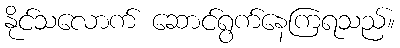
နိုင်သလောက် ဆောင်ရွက်နေကြရသည်။